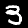
Digit: 3